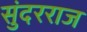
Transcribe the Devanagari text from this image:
सुंदरराज